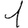
Digit: 1